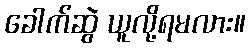
ခေါက်ဆွဲ ယူလို့ရမလား။